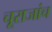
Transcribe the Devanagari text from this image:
चूराजांच